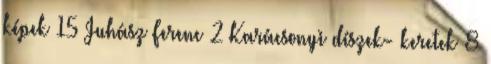
képek 15 Juhász Ferenc 2 Karácsonyi díszek- keretek 8